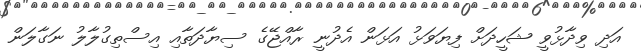
އަދި ވިދާޅުވީ ޝަހީދަށް ފިޔަވަޅު އަޅަން އެދުނީ ރާއްޖޭގެ ސިޔާދަތާއި އިސްތިގުލާލު ނަގާލަން